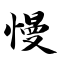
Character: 慢